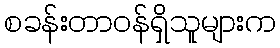
စခန်းတာဝန်ရှိသူများက